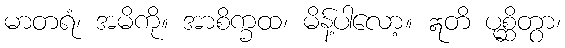
မာတရံ၊ အမိကို။ အာစိက္ခထ၊ မိန့်ပါလော့။ ဣတိ ပုစ္ဆိတွာ၊